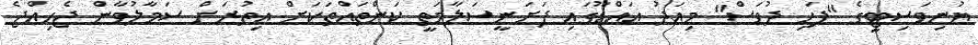
ޔުނިވަސިޓީގެ "ފަހި ދުވަސް" މިއަދު އައްޑޫގައި ފަށަނީސަލާމަތީ ކަންތައްތަކަށް އިތުރަށް ސަމާލުވާން ޖެހިއްޖެ